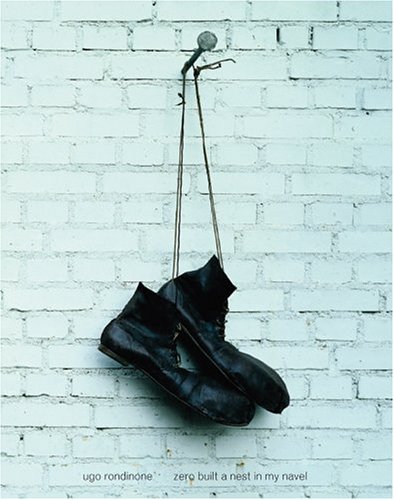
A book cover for Ugo Rondinone: Zero Built a Nest in My Navel; Iwona Blazwick; Arts & Photography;